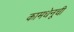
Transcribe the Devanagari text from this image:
कामधेनूची